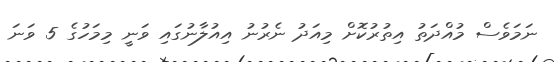
ނަމަވެސް މުއްދަތު އިތުރުކޮށް މިއަދު ނެރުނު އިއުލާނުގައި ވަނީ މިމަހުގެ 5 ވަނަ